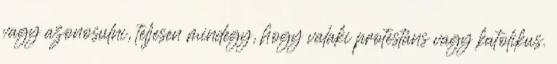
vagy azonosulni, teljesen mindegy, hogy valaki protestáns vagy katolikus.